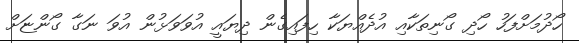
ހޯދުމަށްފަހު ހޯދި ގޯނިތަކާއި އުދެއްޔަކާ ހިފައިގެން ދިޔައީ އުވަވަޅުން އުވަ ނަގާ ގޯންޏަށް